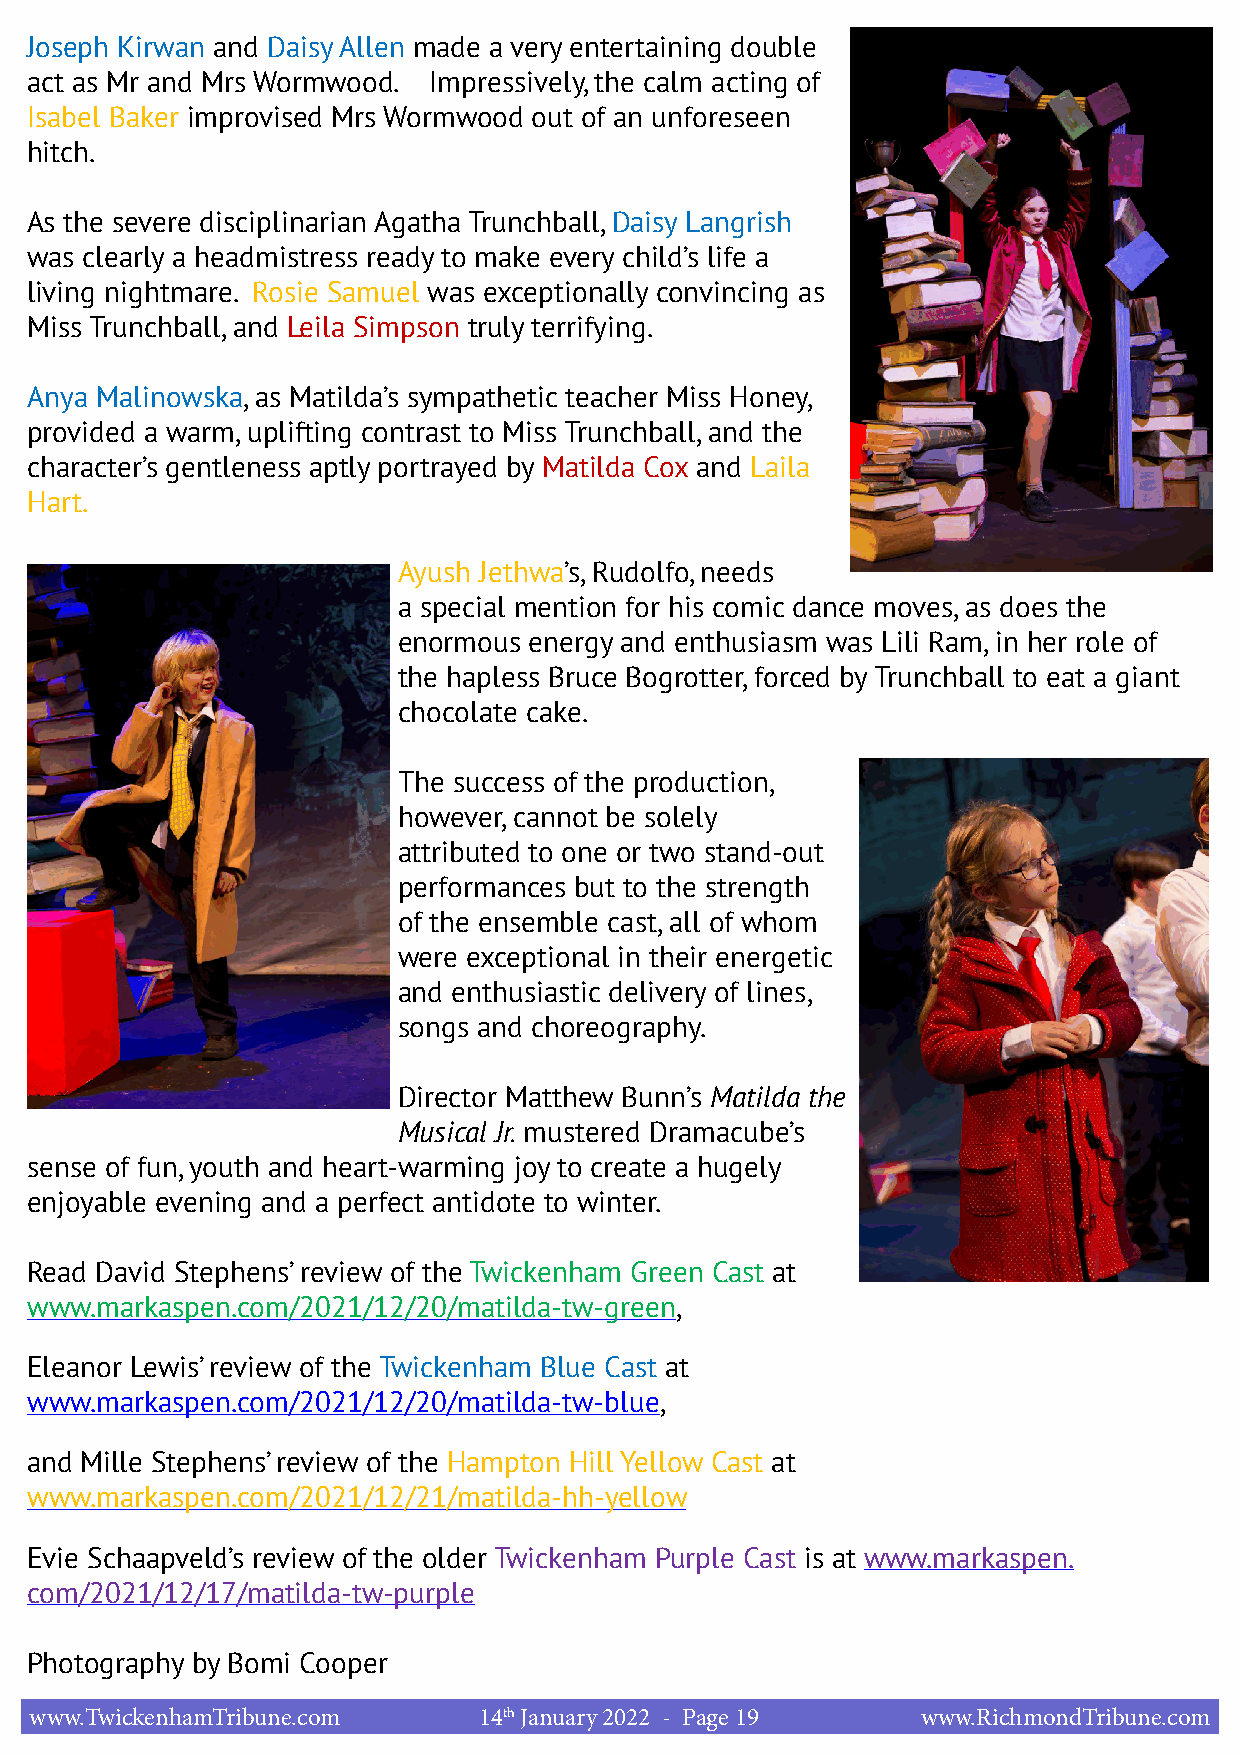
Joseph Kirwan and Daisy Allen made a very entertaining double
 act as Mr and Mrs Wormwood. Impressively, the calm acting of
 Isabel Baker improvised Mrs Wormwood out of an unforeseen
 hitch.
 As the severe disciplinarian Agatha Trunchball, Daisy Langrish
 was clearly a headmistress ready to make every child’s life a
 living nightmare. Rosie Samuel was exceptionally convincing as
 Miss Trunchball, and Leila Simpson truly terrifying.
 Anya Malinowska, as Matilda’s sympathetic teacher Miss Honey,
 provided a warm, uplifting contrast to Miss Trunchball, and the
 character’s gentleness aptly portrayed by Matilda Cox and Laila
 Hart.
 Ayush Jethwa’s, Rudolfo, needs
 a special mention for his comic dance moves, as does the
 enormous energy and enthusiasm was Lili Ram, in her role of
 the hapless Bruce Bogrotter, forced by Trunchball to eat a giant
 chocolate cake.
 The success of the production,
 however, cannot be solely
 attributed to one or two stand-out
 performances but to the strength
 of the ensemble cast, all of whom
 were exceptional in their energetic
 and enthusiastic delivery of lines,
 songs and choreography.
 Director Matthew Bunn’s Matilda the
 Musical Jr. mustered Dramacube’s
 sense of fun, youth and heart-warming joy to create a hugely
 enjoyable evening and a perfect antidote to winter.
 Read David Stephens’ review of the Twickenham Green Cast at
 www.markaspen.com/2021/12/20/matilda-tw-green,
 Eleanor Lewis’ review of the Twickenham Blue Cast at
 www.markaspen.com/2021/12/20/matilda-tw-blue,
 and Mille Stephens’ review of the Hampton Hill Yellow Cast at
 www.markaspen.com/2021/12/21/matilda-hh-yellow
 Evie Schaapveld’s review of the older Twickenham Purple Cast is at www.markaspen.
 com/2021/12/17/matilda-tw-purple
 Photography by Bomi Cooper
 www.TwickenhamTribune.com     14th January 2022 - Page 19  www.RichmondTribune.com